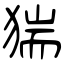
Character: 猯